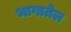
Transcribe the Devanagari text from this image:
भागातेल